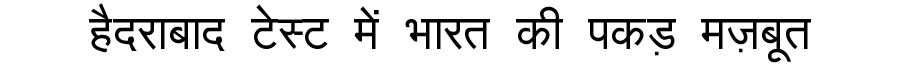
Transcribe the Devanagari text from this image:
हैदराबाद टेस्ट में भारत की पकड़ मज़बूत